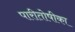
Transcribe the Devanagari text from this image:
पारीतोषीका